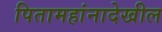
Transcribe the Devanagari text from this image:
पितामहांनादेखील